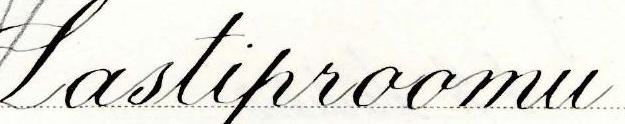
Lastiproomu